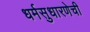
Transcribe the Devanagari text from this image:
धर्मसुधारणेची